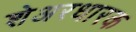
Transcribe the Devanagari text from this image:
शेअरधारक